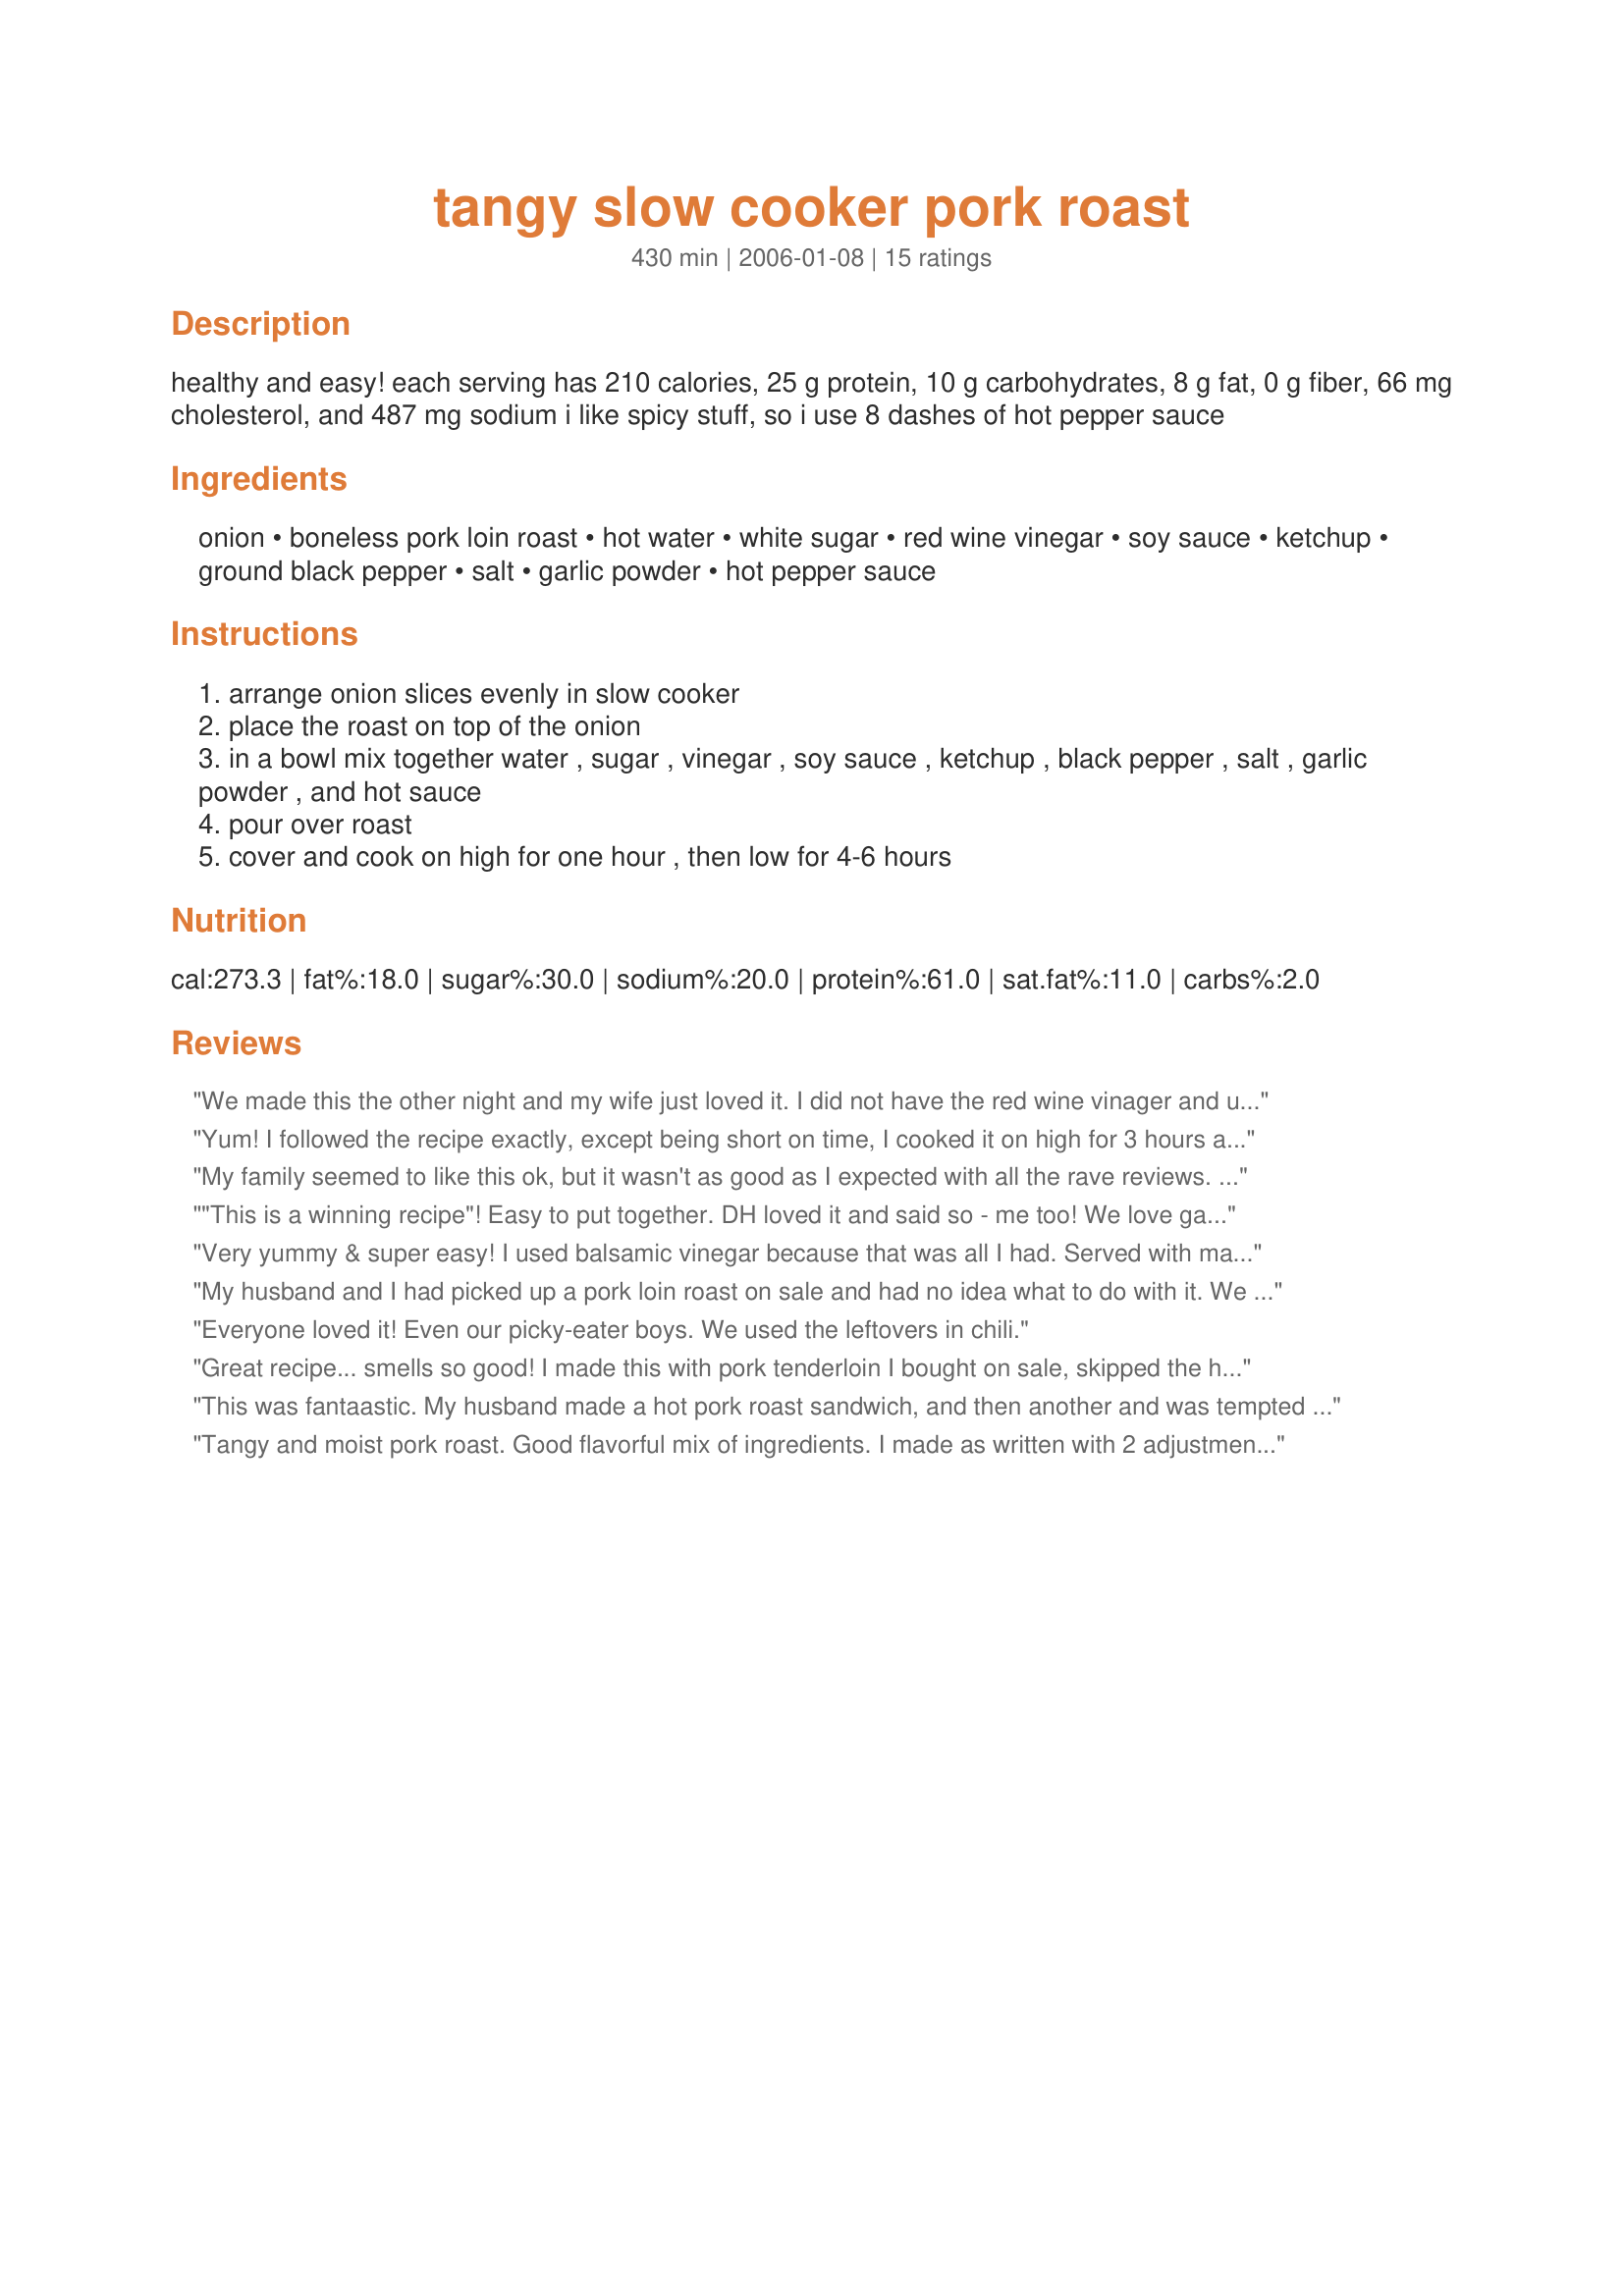
tangy slow cooker pork roast
Preparation time: 430 minutes

healthy and easy! each serving has 210 calories, 25 g protein, 10 g carbohydrates, 8 g fat, 0 g fiber, 66 mg cholesterol, and 487 mg sodium

i like spicy stuff, so i use 8 dashes of hot pepper sauce

Ingredients:
onion, boneless pork loin roast, hot water, white sugar, red wine vinegar, soy sauce, ketchup, ground black pepper, salt, garlic powder, hot pepper sauce

Steps:
arrange onion slices evenly in slow cooker
place the roast on top of the onion
in a bowl mix together water , sugar , vinegar , soy sauce , ketchup , black pepper , salt , garlic powder , and hot sauce
pour over roast
cover and cook on high for one hour , then low for 4-6 hours

Reviews:
We made this the other night and my wife just loved it. I did not have the red wine vinager and use Balsomic vinager instead. Also used "Slenda" in place of sugar.
Yum! I followed the recipe exactly, except being short on time, I cooked it on high for 3 hours and low for 2. The pork is also really good for sandwiches! Thanks!
My family seemed to like this ok, but it wasn't as good as I expected with all the rave reviews. I did add lots of extra hot pepper sauce and even added some mustard to the juices after it cooked to add a little more flavor. I'm sure I'll make it again I'll just have to play with it some to suit our tastes.
"This is a winning recipe"! Easy to put together. DH loved it and said so - me too! We love garlic and I did add 3 diced cloves of garlic to the onions. Instead of water, I used chicken broth. (I wanted to use an open container) Other than that I followed the recipe to the letter. When the roast was done, I put the roast and juice in the fridge overnight and skimmed the fat the next day. (More healthy) After I skimmed the fat from the juice, I used some of the juice & some chicken broth to steam cabbage for a side dish. I heated the pork and thickened the remaining juice, with cornstarch, for a gravy. I added baked patatoes and had a wonderful supper. The pork was juicy, tender, and, with the awsome tastey gravy, cabbage and patatoes. It was a "to die for" meal! This is a keeper forever. Thank you Kelly
Very yummy & super easy! I used balsamic vinegar because that was all I had. Served with mashed potatoes.
My husband and I had picked up a pork loin roast on sale and had no idea what to do with it. We invited a few friends over and made this recipe. It was a big hit. It was easy to prep, smelled delicious and tasted even better than it smelled. We served it with some red bliss mashed potatos and steamed green beans. We also paired it with a nice bottle of chardonnay.
Everyone loved it! Even our picky-eater boys. We used the leftovers in chili.
Great recipe... smells so good! I made this with pork tenderloin I bought on sale, skipped the hot sauce since I was sharing this with my 2 year old, served it over rice the first day, and made sandwiches out of it with the leftovers.
This was fantaastic. My husband made a hot pork roast sandwich, and then another and was tempted to go for a third, but he was too stuffed. I know what he will be having for lunch tomorrow.
This was so simple to make. I prepped last night and put the crock in the refridgerator, and turmed it on before church. What a wonderful smell to come home to. Thanks for making my dinner a success.
Tangy and moist pork roast. Good flavorful mix of ingredients. I made as written with 2 adjustments, I added 1 teaspoon of chicken base to the hot water and a full teaspoon of garlic powder. Slow cooked for 6 hours and it was perfectly done. Thanks! *Made for fall 2009 PAC*
This was great! I added some garlic and used Jamacian Hellfire for the hot sauce because we like it hot :) We will be making this again soon!
This recipe turned out great! It's very easy and tastes really good too. I threw in a bag of frozen mixed veggies (stir fry mix) for the last 30 minutes or so and served it all on top of couscous. Rice would do well too of course. Thanks for this recipe!
Thank you for sharing your lovely recipe wife2abadge. The pork was wonderful, tender, moist and juicy with a nice tangy flavor. It made wonderful sandwiches, that will be enjoyed again. Cooked in the slow cooker for 6 hours. Made for Name That Ingredient Tag Game.
This was truly a fabulous pork roast: juicy, tender and flavorful. My husband raved and raved about it, and he generally isn&#039;t a big fan of pork. I used Splenda instead of sugar, Balsamic instead of red wine vinegar, added chicken bouillon to the water and used reduced-sodium soy sauce. I also skipped the added salt as well as the hot sauce. I used plenty of sliced onions--probably about 2 medium/large total--and added about 3 tsp. of minced garlic to the onion, as well as about a tsp. of garlic powder to the liquid mixture. I pierced the roast multiple times with a sharp knife before pouring the mixture over it, and cooked it on high for 1 hour and on low for 5 more hours. It was PERFECT. Simple, quick-to-assemble and delicious recipe. I already have shared it once with a friend, and we just had it yesterday! Thanks for sharing. I know it will be a favorite in this house!
This is great! I made 1 change - used Splenda Granular for the sugar. I also upped the hot sauce as you suggested. A real winner! Thanks!
